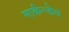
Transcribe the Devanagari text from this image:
मार्कन्डेय